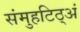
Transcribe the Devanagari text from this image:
संमुहटिठ्‌अं